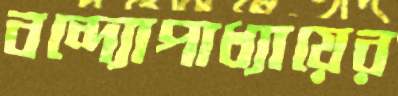
বন্দ্যোপাধ্যায়ের